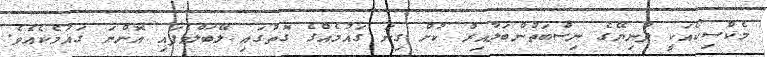
މެކްސިކޯއަކީ ދުނިޔޭގެ ނިސްބަތުންބަލާއިރު ކުށް ގިނަ ގައުމެއްގެ ގޮތުގައި ލޭބަލްވެފައި އޮންނަ ގައުމެކެއެވެ.